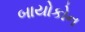
બાયોકોન